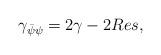
LaTeX: \begin{align*}\gamma_{\bar\psi\psi} = 2 \gamma - 2 Res,\end{align*}